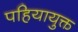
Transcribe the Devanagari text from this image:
पहियायुक्त